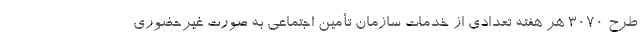
طرح 3070 هر هفته تعدادی از خدمات سازمان تأمین اجتماعی به صورت غیرحضوری